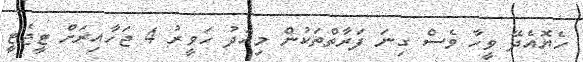
ހެޔޮއެދޭ ވީހާ ވެސް ގިނަ ފަރާތްތަކުން މިއަދު ހަވީރު 4 ޖަހާއިރަށް ޓީޖެޓީ